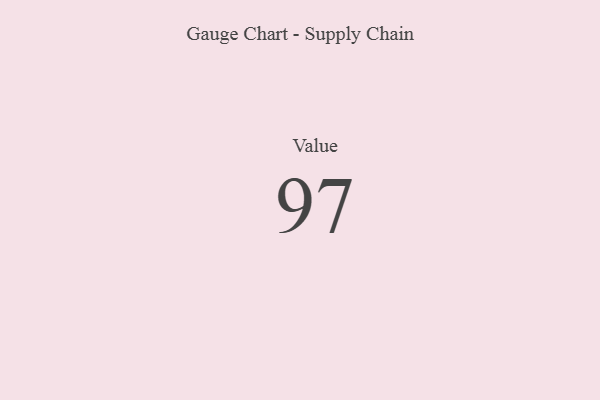
{"axis": {"x": "Metric", "y": "Value"}, "legend": [""], "data": [{"x": "Value", "y": 97, "type": ""}]}